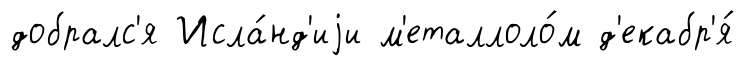
добралс'я Исла́нд'иjи м'еталлоло́м д'екабр'я́